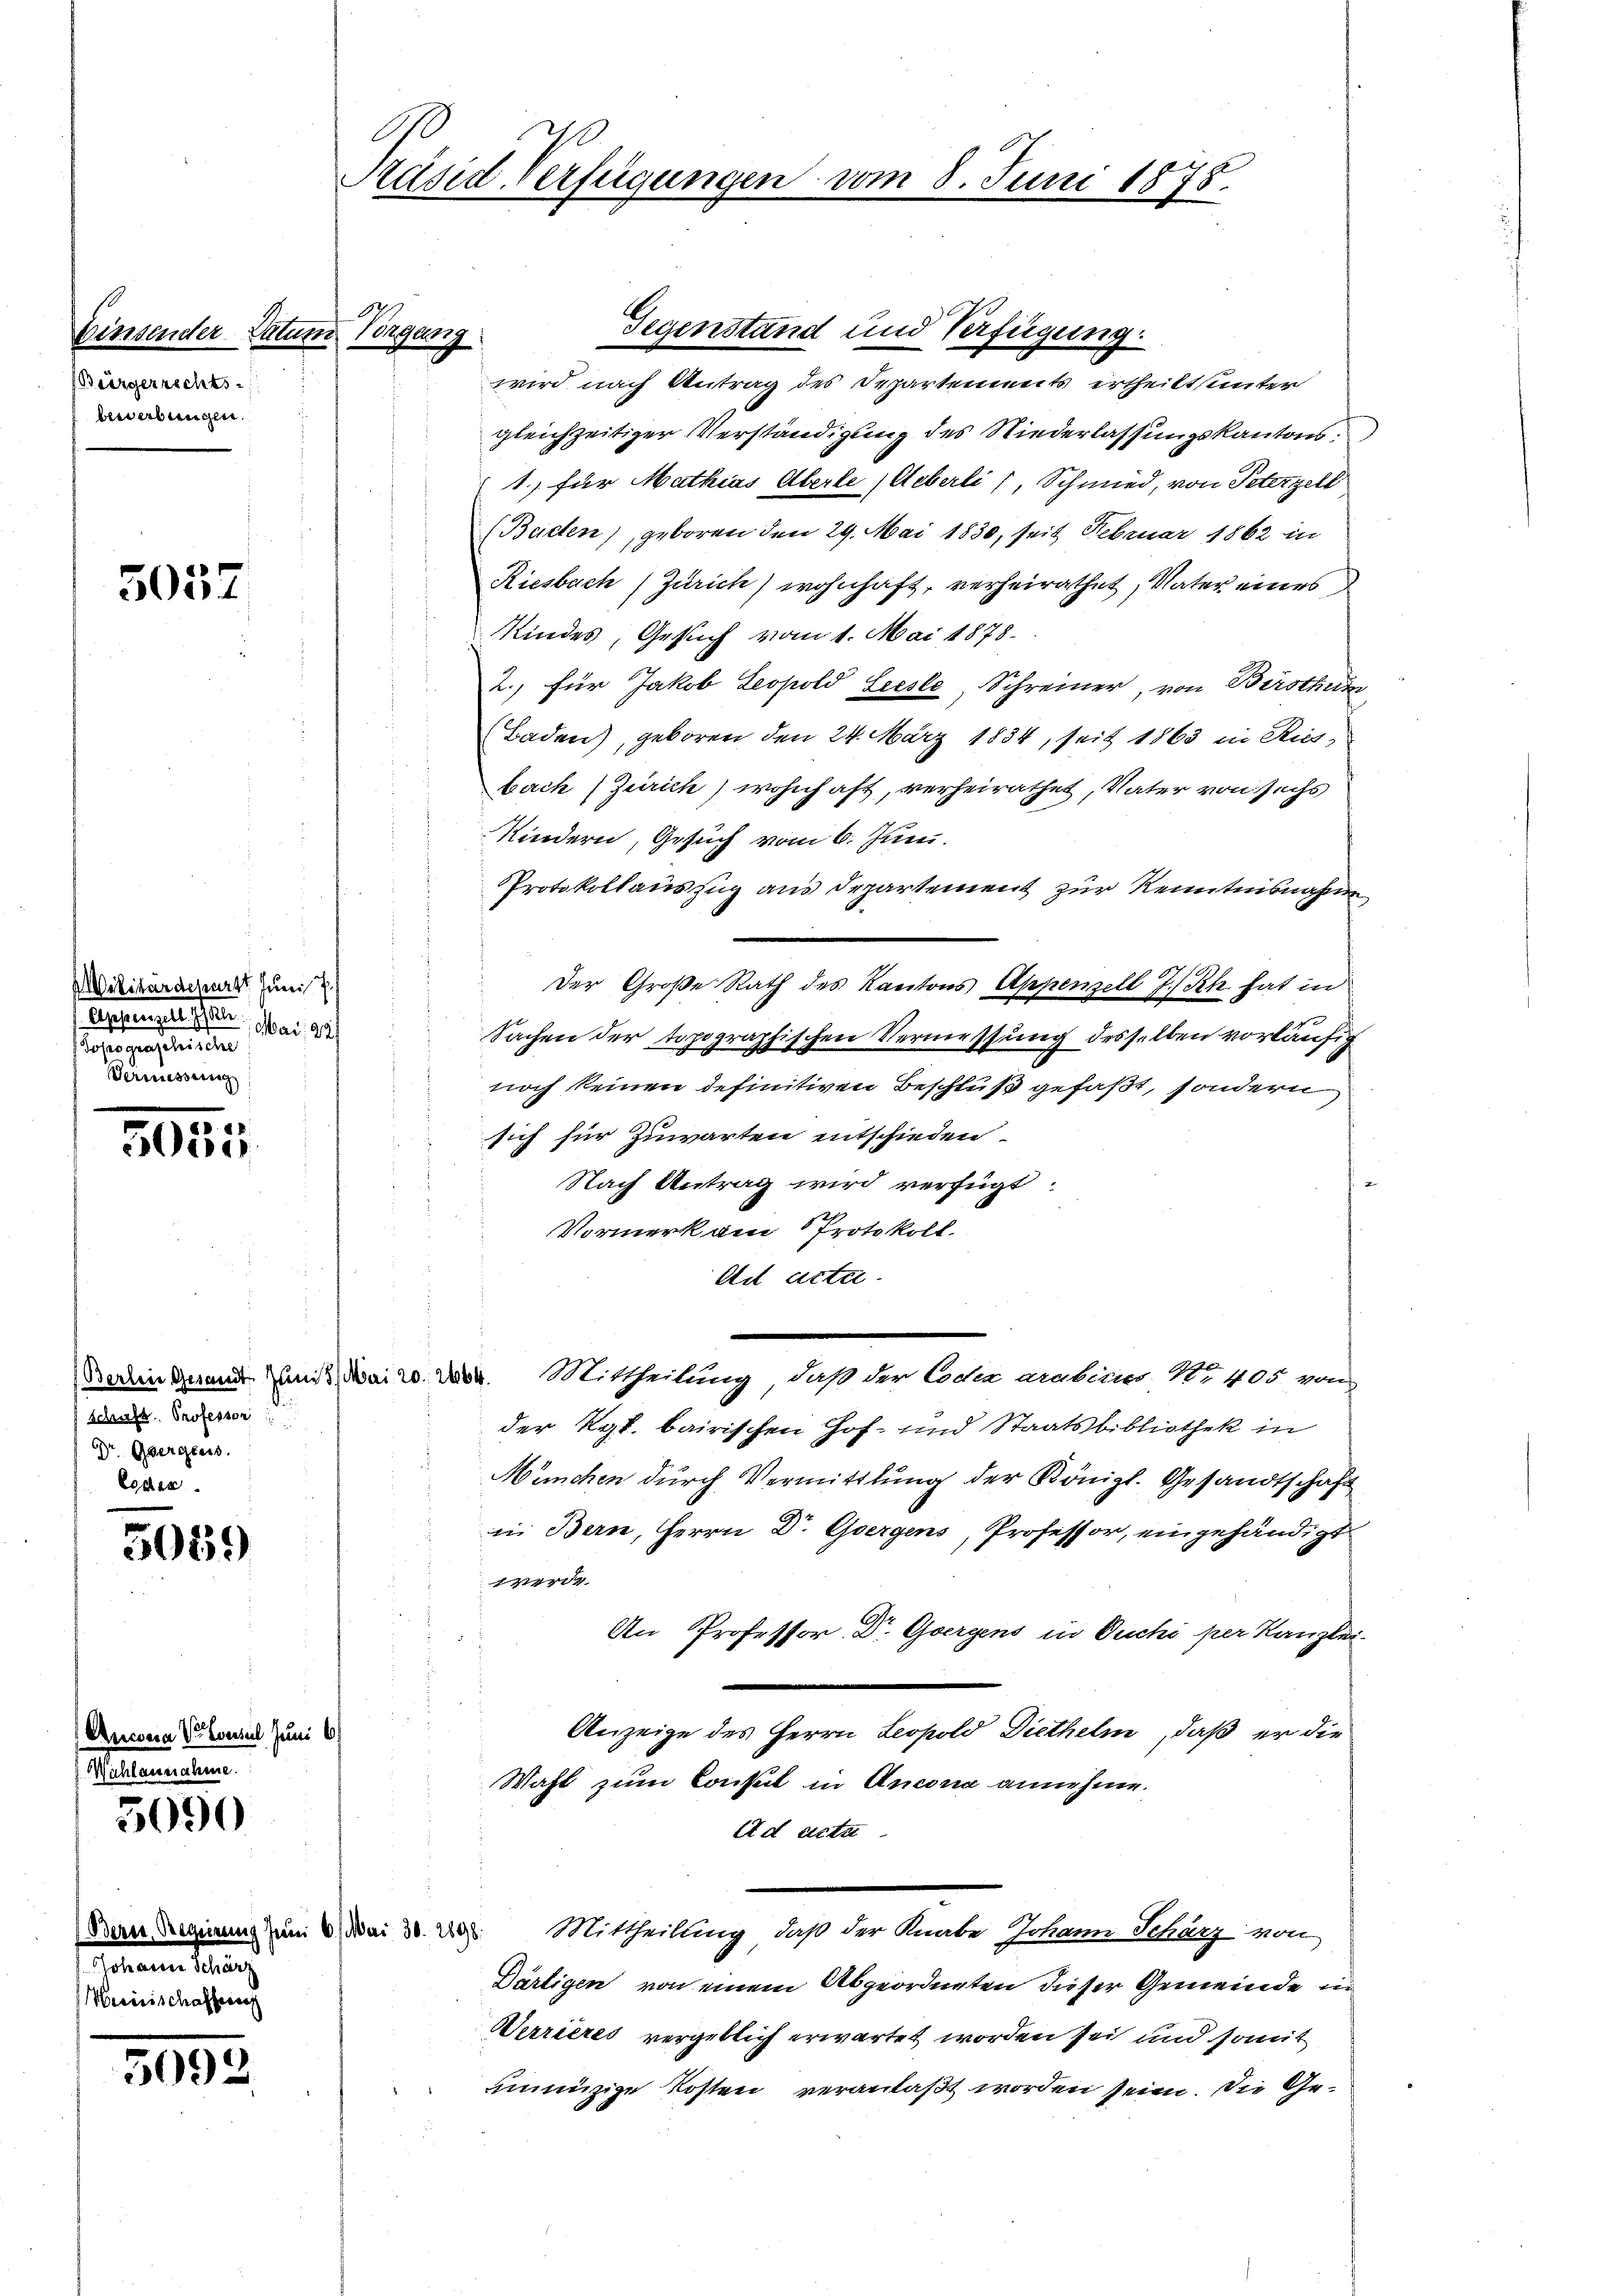
Einsender Datum Vorgang
Bürgerrechts
bewerbungen

5057.

Militärdepart Juni
esserungen seien. Aber 1941.
sae eine eine
Vermessung

e
5000

Schaft, Professor
Dr. Obergens.
Loden

5059

5090

a V. Consul Juni 6)
heue.

eeren un
Merisischafferne

5092.

Präsid-Verfügungen vom 8. Juni 1875.

12

Gegenstand und Verfügung.
wird nach Antrag des Departements ertheilt unter
gleichzeitiger Verständigung des Niederlassungskantons:
1) für Mathias Überle Ueberli, Schmied, von Peterzell
(Beiden), geboren den 29. Mai 1830, seit Februar 1862 in
Riesbach (Zürich) wohnhaft, verheirathet, Vater eines
Kindes, Gesuch vom 1. Mai 1878.
2., für Jakob Leopold Leiste, Schreiner, von Birstheiss
Baden), geboren den 24. März 1834, seit 1863 in Rusbach (Zürich) wohnhaft, verheirathet, Vater von sechs
Kindern, Gesuch vom 6. Juni.
Protokollauszug aus Departement zur Kenntnisnahm,
 der Große Rath des Kantons Appenzell I.Rh. hat in
Sachen der topographischen Vermessung desselben vorläufig
noch keinen definitiven Beschluß gefaßt, sondern
sich für Zuwarten entschieden.
Nach Antrag wird verfügt:
Vormerk am Protokoll.
Ad acta.
eignend Hans dar. Dr. Mittheilung, daß der Loche arabens No 405 von
der Kgl. bairischen Hof- und Staatsbibliothek in
München durch Vermittlung der Königl. Gesandtschaft
in Bern, Herrn Dr Ghergens, Professor, eingehändigt
werde
An Professor Dr. Goergens in Duchi per Kanzlei
.
Anzeige des Herrn Leopold Diethelm, daß er die
Wahl zum Consul in Anconia annehme.
Ad acta
Bern Regierung zum 3. Mai 30. 20. Mittheilling, daß der Knabe Johann Scharz von
Därtigen von einem Abgeordneten dieser Gemeinde in
Werrieres vergeblich erwartet worden sei und somit
inmizige Kosten veranlaßt worden sein. Die Ge¬